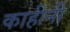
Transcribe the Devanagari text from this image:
काहीनी